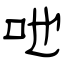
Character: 吔